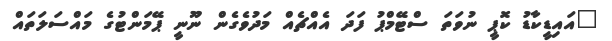
"އައިޑީކާޑު ކޮޕީ ނުވަތަ ސްޓޭމްޕު ފަދަ އެއްޗެއް މަދުވެގެން ނޫނީ ޕޭމަންޓުގެ މައްސަލަތައް